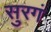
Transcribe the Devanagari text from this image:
सुरगं